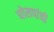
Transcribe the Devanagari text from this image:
घोलपांची